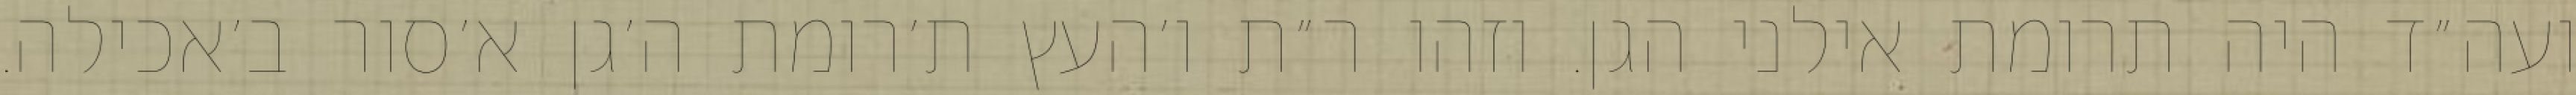
ועה״ד היה תרומת אילני הגן. וזהו ר״ת ו׳העץ ת׳רומת ה׳גן א׳סור ב׳אכילה.